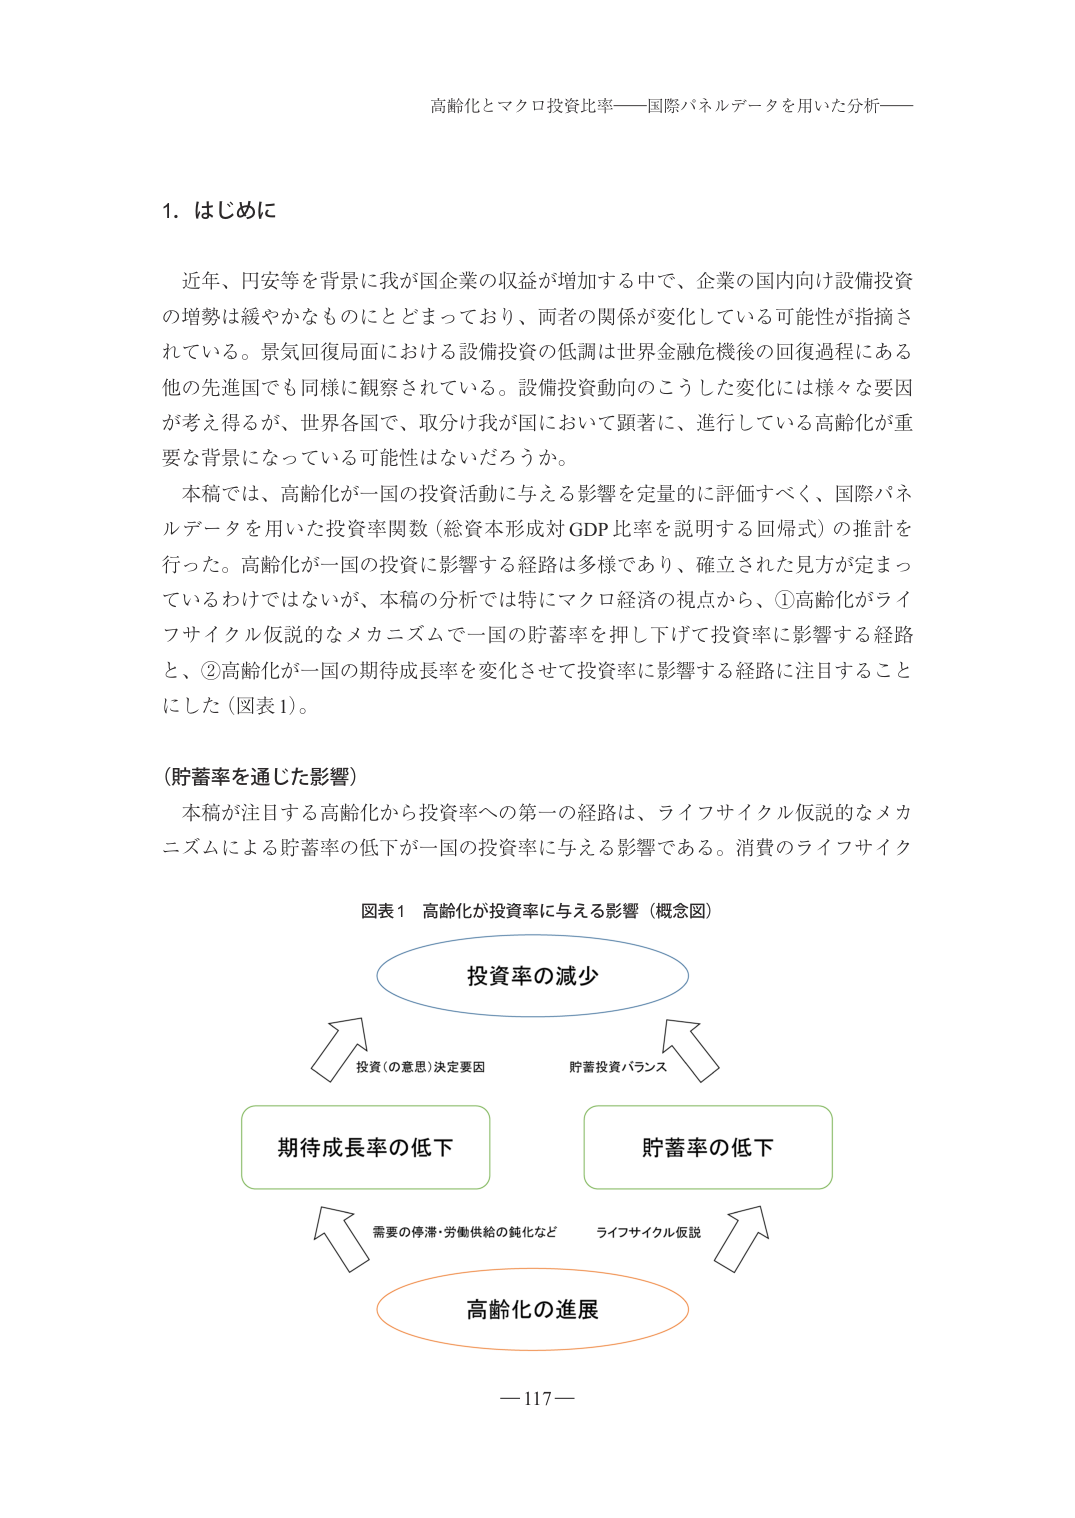
高齢化とマクロ投資比率——国際パネルデータを用いた分析——

1. はじめに

近年、円安等を背景に我が国企業の収益が増加する中で、企業の国内向け設備投資の増勢は緩やかなものにとどまっており、両者の関係が変化している可能性が指摘されている。景気回復局面における設備投資の低調は世界金融危機後の回復過程にある他の先進国でも同様に観察されている。設備投資動向のこうした変化には様々な要因が考え得るが、世界各国で、取分け我が国において顕著に、進行している高齢化が重要な背景になっている可能性はないだろうか。

本稿では、高齢化が一国の投資活動に与える影響を定量的に評価すべく、国際パネルデータを用いた投資率関数（総資本形成対GDP比率を説明する回帰式）の推計を行った。高齢化が一国の投資に影響する経路は多様であり、確立された見方が定まっているわけではないが、本稿の分析では特にマクロ経済の視点から、①高齢化がライフサイクル仮説的なメカニズムで一国の貯蓄率を押下げて投資率に影響する経路と、②高齢化が一国の期待成長率を変化させて投資率に影響する経路に注目することにした（図表1）。

（貯蓄率を通じた影響）

本稿が注目する高齢化から投資率への第一の経路は、ライフサイクル仮説的なメカニズムによる貯蓄率の低下が一国の投資率に与える影響である。消費のライフサイク

図表1 高齢化が投資率に与える影響（概念図）

投資率の減少

投資（の意思）決定要因　　　　　貯蓄投資バランス

期待成長率の低下　　　　　　　貯蓄率の低下

需要の停滞・労働供給の鈍化など　　　ライフサイクル仮説

高齢化の進展

—117—